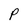
Character: P